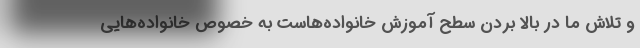
و تلاش ما در بالا بردن سطح آموزش خانواده‌هاست به خصوص خانواده‌هایی